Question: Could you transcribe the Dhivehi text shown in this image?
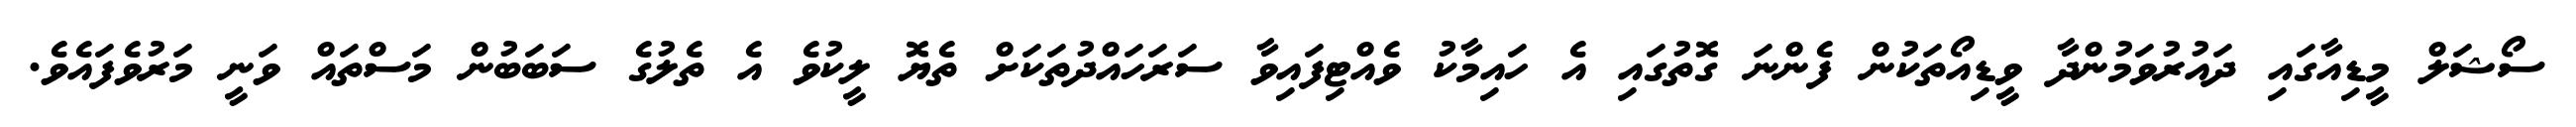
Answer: ސޯޝަލް މީޑިއާގައި ދައުރުވަމުންދާ ވީޑިއޯތަކުން ފެންނަ ގޮތުގައި އެ ހައިމާކު ވެއްޓިފައިވާ ސަރަހައްދުތަކަށް ތެޔޮ ލީކުވެ އެ ތެލުގެ ސަބަބުން މަސްތައް ވަނީ މަރުވެފައެވެ.